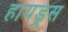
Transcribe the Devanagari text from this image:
हायड्रस